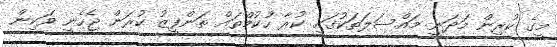
މީގެ ކުރިން މަދަނީ މައްސަލަތަކުގައި ކުރާ ހުކުމްތައް ތަންފީޒު ކުރަން ޖެހެނީ ވަކިން